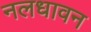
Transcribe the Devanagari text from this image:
नलधावन